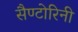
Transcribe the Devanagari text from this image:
सैण्टोरिनी